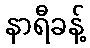
နာရီခန့်